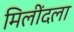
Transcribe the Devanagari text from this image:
मिलींदला